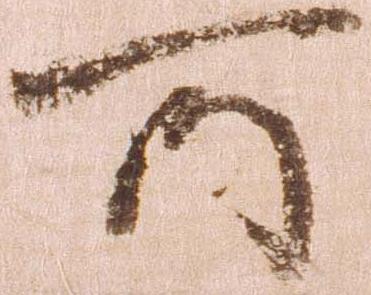
所